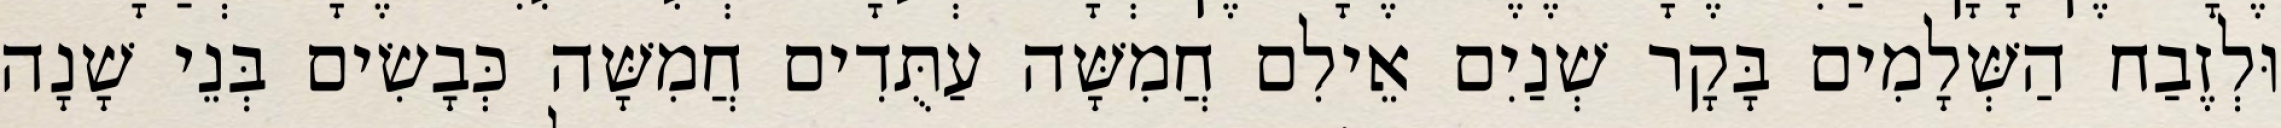
וּלְזֶבַח הַשְּׁלָמִים בָּקָר שְׁנַיִם אֵילִם חֲמִשָּׁה עַתֻּדִים חֲמִשָּׁה כְּבָשִׂים בְּנֵי שָׁנָה